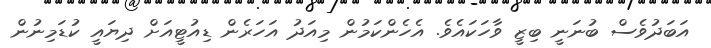
އަބަދުވެސް ބުނަނީ ބިޒީ ވާހަކައެވެ. އެހެންކަމުން މިއަދު އަހަރެން ޑިއުޓީއަށް ދިޔައީ ކުޑަމިނުން